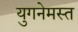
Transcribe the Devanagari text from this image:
युगनेमस्त